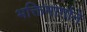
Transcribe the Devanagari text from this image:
भक्तिमार्गाने